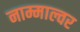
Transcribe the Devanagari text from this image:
नाम्माल्वर